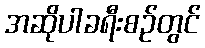
အဆိုပါခရီးစဉ်တွင်